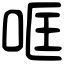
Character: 哐